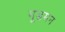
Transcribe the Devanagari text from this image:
गूडमन